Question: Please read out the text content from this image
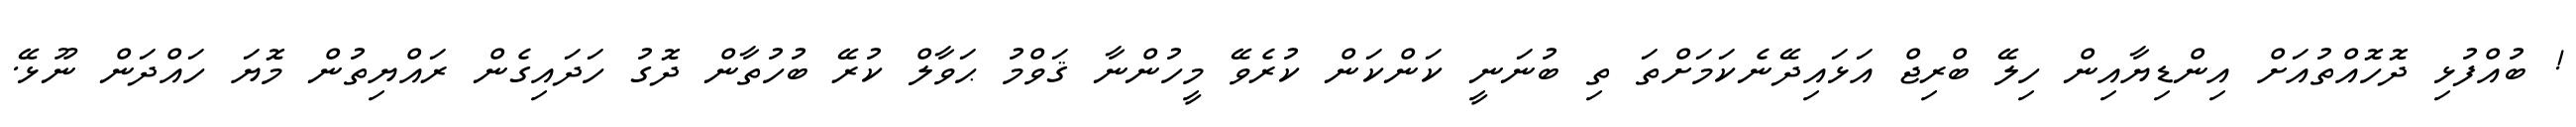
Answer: ! ބުއްފުޅި ދޮހޮއްތުއަށް އިންޑިޔާއިން ހިލޭ ބްރިޖް އަޅައިދޭނެކަމަށްތަ ތި ބުނަނީ ކަންކަން ކުރެވޭ މީހުންނާ ޤަވްމު ޙަވާލް ކުރޭ ބުހުތާން ދޮގު ހަދައިގެން ރައްޔިތުން މޮޔަ ހައްދަން ނޫޅޭ.